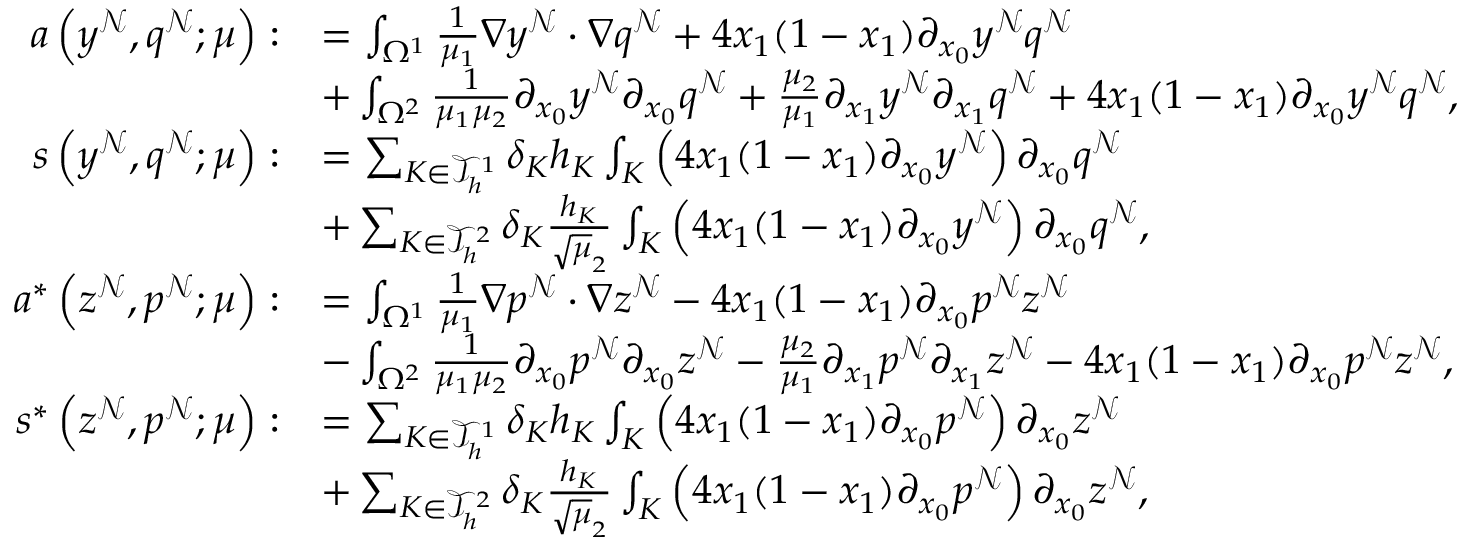
\begin{array} { r l } { a \left( y ^ { \mathcal { N } } , q ^ { \mathcal { N } } ; \boldsymbol { \mu } \right) : } & { = \int _ { \Omega ^ { 1 } } \frac { 1 } { \mu _ { 1 } } \nabla y ^ { \mathcal { N } } \cdot \nabla q ^ { \mathcal { N } } + 4 x _ { 1 } ( 1 - x _ { 1 } ) \partial _ { x _ { 0 } } y ^ { \mathcal { N } } q ^ { \mathcal { N } } } \\ & { + \int _ { \Omega ^ { 2 } } \frac { 1 } { \mu _ { 1 } \mu _ { 2 } } \partial _ { x _ { 0 } } y ^ { \mathcal { N } } \partial _ { x _ { 0 } } q ^ { \mathcal { N } } + \frac { \mu _ { 2 } } { \mu _ { 1 } } \partial _ { x _ { 1 } } y ^ { \mathcal { N } } \partial _ { x _ { 1 } } q ^ { \mathcal { N } } + 4 x _ { 1 } ( 1 - x _ { 1 } ) \partial _ { x _ { 0 } } y ^ { \mathcal { N } } q ^ { \mathcal { N } } , } \\ { s \left( y ^ { \mathcal { N } } , q ^ { \mathcal { N } } ; \boldsymbol { \mu } \right) : } & { = \sum _ { K \in \mathcal { T } _ { h } ^ { 1 } } \delta _ { K } h _ { K } \int _ { K } \left( 4 x _ { 1 } ( 1 - x _ { 1 } ) \partial _ { x _ { 0 } } y ^ { \mathcal { N } } \right) \partial _ { x _ { 0 } } q ^ { \mathcal { N } } } \\ & { + \sum _ { K \in \mathcal { T } _ { h } ^ { 2 } } \delta _ { K } \frac { h _ { K } } { \sqrt { \mu } _ { 2 } } \int _ { K } \left( 4 x _ { 1 } ( 1 - x _ { 1 } ) \partial _ { x _ { 0 } } y ^ { \mathcal { N } } \right) \partial _ { x _ { 0 } } q ^ { \mathcal { N } } , } \\ { a ^ { * } \left( z ^ { \mathcal { N } } , p ^ { \mathcal { N } } ; \boldsymbol { \mu } \right) : } & { = \int _ { \Omega ^ { 1 } } \frac { 1 } { \mu _ { 1 } } \nabla p ^ { \mathcal { N } } \cdot \nabla z ^ { \mathcal { N } } - 4 x _ { 1 } ( 1 - x _ { 1 } ) \partial _ { x _ { 0 } } p ^ { \mathcal { N } } z ^ { \mathcal { N } } } \\ & { - \int _ { \Omega ^ { 2 } } \frac { 1 } { \mu _ { 1 } \mu _ { 2 } } \partial _ { x _ { 0 } } p ^ { \mathcal { N } } \partial _ { x _ { 0 } } z ^ { \mathcal { N } } - \frac { \mu _ { 2 } } { \mu _ { 1 } } \partial _ { x _ { 1 } } p ^ { \mathcal { N } } \partial _ { x _ { 1 } } z ^ { \mathcal { N } } - 4 x _ { 1 } ( 1 - x _ { 1 } ) \partial _ { x _ { 0 } } p ^ { \mathcal { N } } z ^ { \mathcal { N } } , } \\ { s ^ { * } \left( z ^ { \mathcal { N } } , p ^ { \mathcal { N } } ; \boldsymbol { \mu } \right) : } & { = \sum _ { K \in \mathcal { T } _ { h } ^ { 1 } } \delta _ { K } h _ { K } \int _ { K } \left( 4 x _ { 1 } ( 1 - x _ { 1 } ) \partial _ { x _ { 0 } } p ^ { \mathcal { N } } \right) \partial _ { x _ { 0 } } z ^ { \mathcal { N } } } \\ & { + \sum _ { K \in \mathcal { T } _ { h } ^ { 2 } } \delta _ { K } \frac { h _ { K } } { \sqrt { \mu } _ { 2 } } \int _ { K } \left( 4 x _ { 1 } ( 1 - x _ { 1 } ) \partial _ { x _ { 0 } } p ^ { \mathcal { N } } \right) \partial _ { x _ { 0 } } z ^ { \mathcal { N } } , } \end{array}